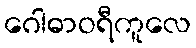
ဂေါဓာဝရီကူလေ